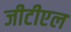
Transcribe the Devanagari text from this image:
जीटीएल